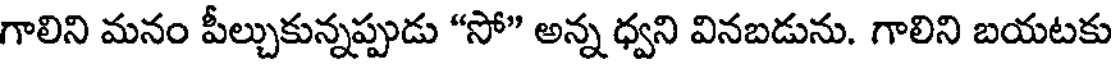
గాలిని మనం పీల్చుకున్నప్పుడు "సో" అన్న ధ్వని వినబడును. గాలిని బయటకు